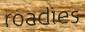
roadies